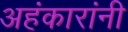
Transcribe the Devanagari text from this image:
अहंकारांनी